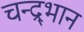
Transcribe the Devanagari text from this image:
चन्द्र्भान